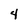
Character: 4